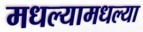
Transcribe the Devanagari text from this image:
मधल्यामधल्या